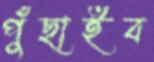
পুঁছাইব